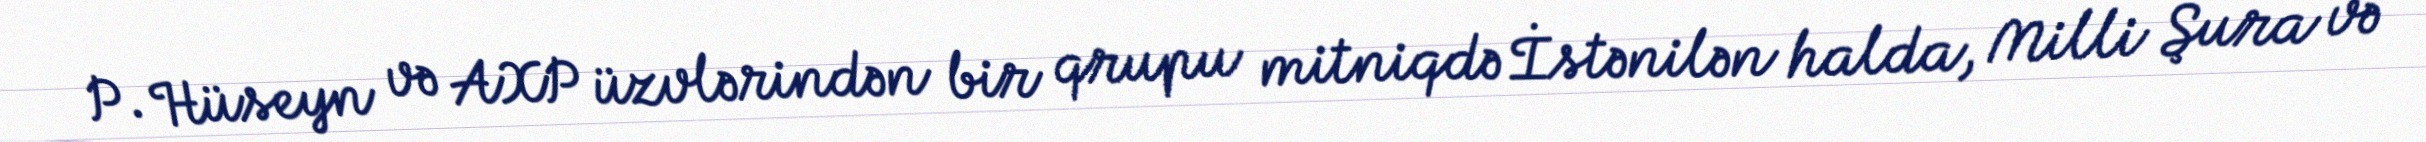
P. Hüseyn və AXP üzvlərindən bir qrupu mitniqdə İstənilən halda, Milli Şura və